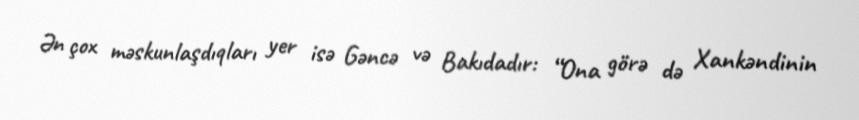
Ən çox məskunlaşdıqları yer isə Gəncə və Bakıdadır: “Ona görə də Xankəndinin